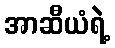
အာဆီယံရဲ့